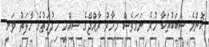
ކޮންމެ ސަބަބުތަކާ ހުރެ ނަމަވެސް މިހާރު ރާއްޖޭގެ ސިއްހީ ޚިދުމަތުގެ ހާލަތު ވަނީ